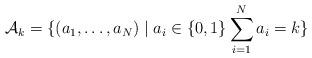
LaTeX: \begin{align*} \mathcal{A}_k = \{ (a_1, \ldots, a_N) \mid a_i \in \{0, 1\} \sum_{i=1}^N a_i = k\}\end{align*}